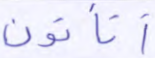
أتأتون